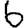
Digit: 6